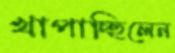
খাপাচ্ছিলেন